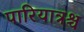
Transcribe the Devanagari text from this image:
पारियात्रश्च